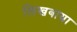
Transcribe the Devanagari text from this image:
लिखबाया